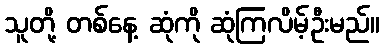
သူတို့ တစ်နေ့ ဆုံကို ဆုံကြလိမ့်ဦးမည်။